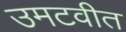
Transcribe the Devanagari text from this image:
उमटवीत